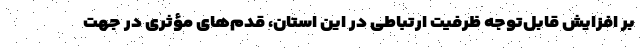
بر افزایش قابل‌توجه ظرفیت ارتباطی در این استان، قدم‌های مؤثری در جهت